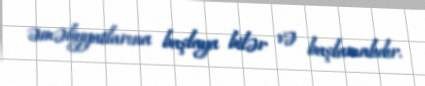
əməliyyatlarına başlaya bilər və başlamalıdır.